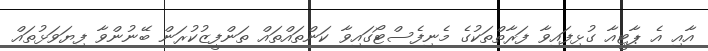
އާއި އެ ޕާޓީއާ ގުޅިފައިވާ ފަރާތްތަކުގެ މެނިފެސްޓޯގައިވާ ކަންތައްތައް ތަންފީޒުކުރަން ބޭނުންވާ ފިޔަވަޅުތައް